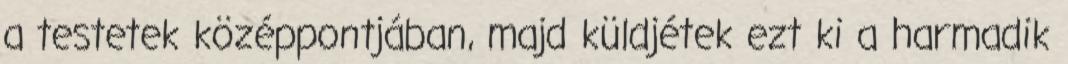
a testetek középpontjában, majd küldjétek ezt ki a harmadik